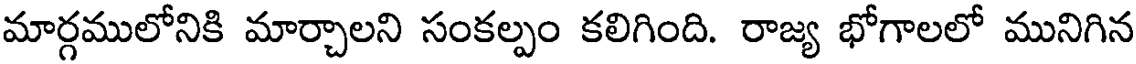
మార్గములోనికి మార్చాలని సంకల్పం కలిగింది. రాజ్య భోగాలలో మునిగిన